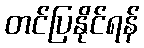
တင်ပြနိုင်ရန်